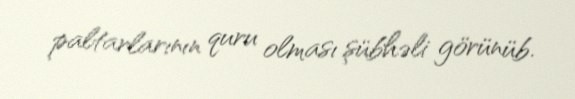
paltarlarının quru olması şübhəli görünüb.